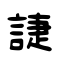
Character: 誱